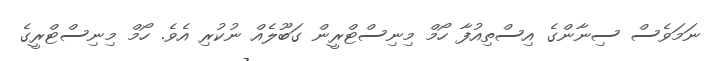
ނަމަވެސް ސިނާންގެ އިސްތިއުފާ ހޯމް މިނިސްޓްރީން ގަބޫލެއް ނުކުރި އެވެ. ހޯމް މިނިސްޓްރީގެ